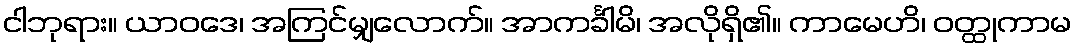
ငါဘုရား။ ယာဝဒေ၊ အကြင်မျှလောက်။ အာကင်္ခါမိ၊ အလိုရှိ၏။ ကာမေဟိ၊ ဝတ္ထုကာမ